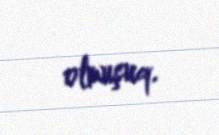
olmuşuq.